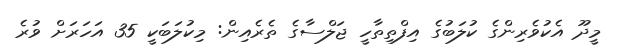
މީދޫ އެކުވެރިންގެ ކުލަބުގެ އިފްތިތާހީ ޖަލްސާގެ ތެރެއިން: މިކުލަބަކީ 35 އަހަރަށް ވުރެ